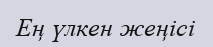
Ең үлкен жеңісі